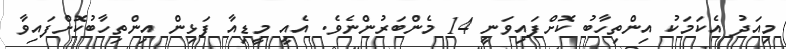
މިއަދު އެކަމަކު އިންތިހާބު ކޮށްފައިވަނީ 14 މެންބަރުންނެވެ. އެއީ މީޑިއާ ފަޅިން އިންތިހާބުކޮށްފައިވާ